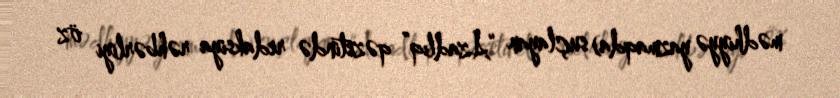
mədhiyyə yazmaqda) suçlayan “Azadlıq” qəzetində redaksiya rəhbərliyi öz